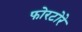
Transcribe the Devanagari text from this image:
फोरटोरे